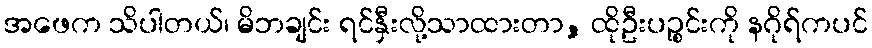
အဖေက သိပါတယ်၊ မိဘချင်း ရင်နှီးလို့သာထားတာ, ထိုဦးပဉ္စင်းကို နဂိုရ်ကပင်